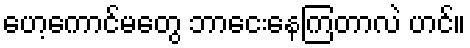
ဟေ့ကောင်မတွေ ဘာငေးနေကြတာလဲ ဟင်။